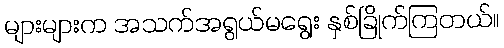
များများက အသက်အရွယ်မရွေး နှစ်ခြိုက်ကြတယ်။